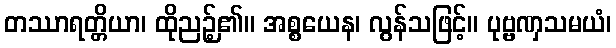
တဿာရတ္တိယာ၊ ထိုညဉ့်၏။ အစ္စယေန၊ လွန်သဖြင့်။ ပုဗ္ဗဏှသမယံ၊